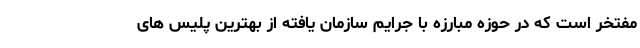
مفتخر است که در حوزه مبارزه با جرایم سازمان یافته از بهترین پلیس های